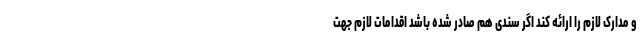
و مدارک لازم را ارائه کند اگر سندی هم صادر شده باشد اقدامات لازم جهت